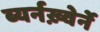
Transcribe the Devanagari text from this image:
ब्यर्नख़्वेर्ने